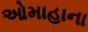
ઓમાહાના